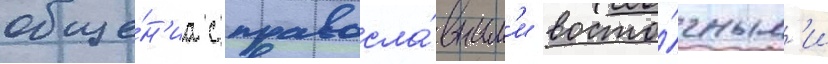
обще́н'иа с правосла́вным'и восто́чным'и